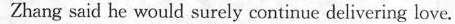
Zhang said he would surely continue delivering love.